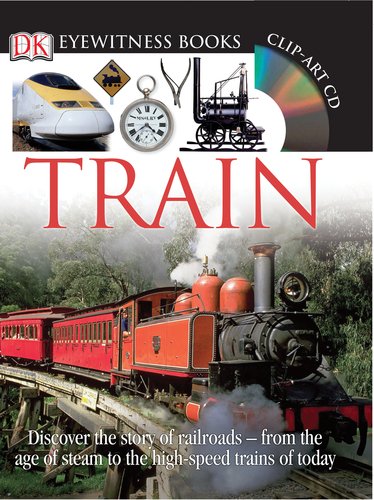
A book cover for Train (DK Eyewitness Books); John Coiley; Children's Books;